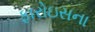
ફારોઇસના